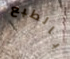
بالطبع